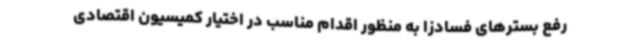
رفع بسترهای فسادزا به منظور اقدام مناسب در اختیار کمیسیون اقتصادی